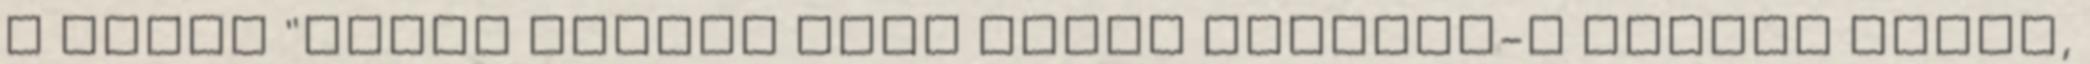
A helyi "speci Itthon vagy Vajon teszünk-e eleget azért,